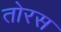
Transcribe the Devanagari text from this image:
तोरस